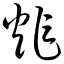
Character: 炸